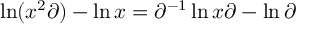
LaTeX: \ln ( x ^ { 2 } \partial ) - \ln x = \partial ^ { - 1 } \ln x \partial - \ln \partial